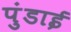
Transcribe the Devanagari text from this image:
पुंडाई